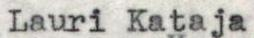
Lauri Kataja